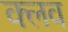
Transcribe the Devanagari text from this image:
क्‍लव